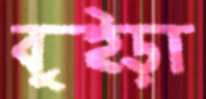
বুইড়া